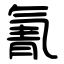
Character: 氰